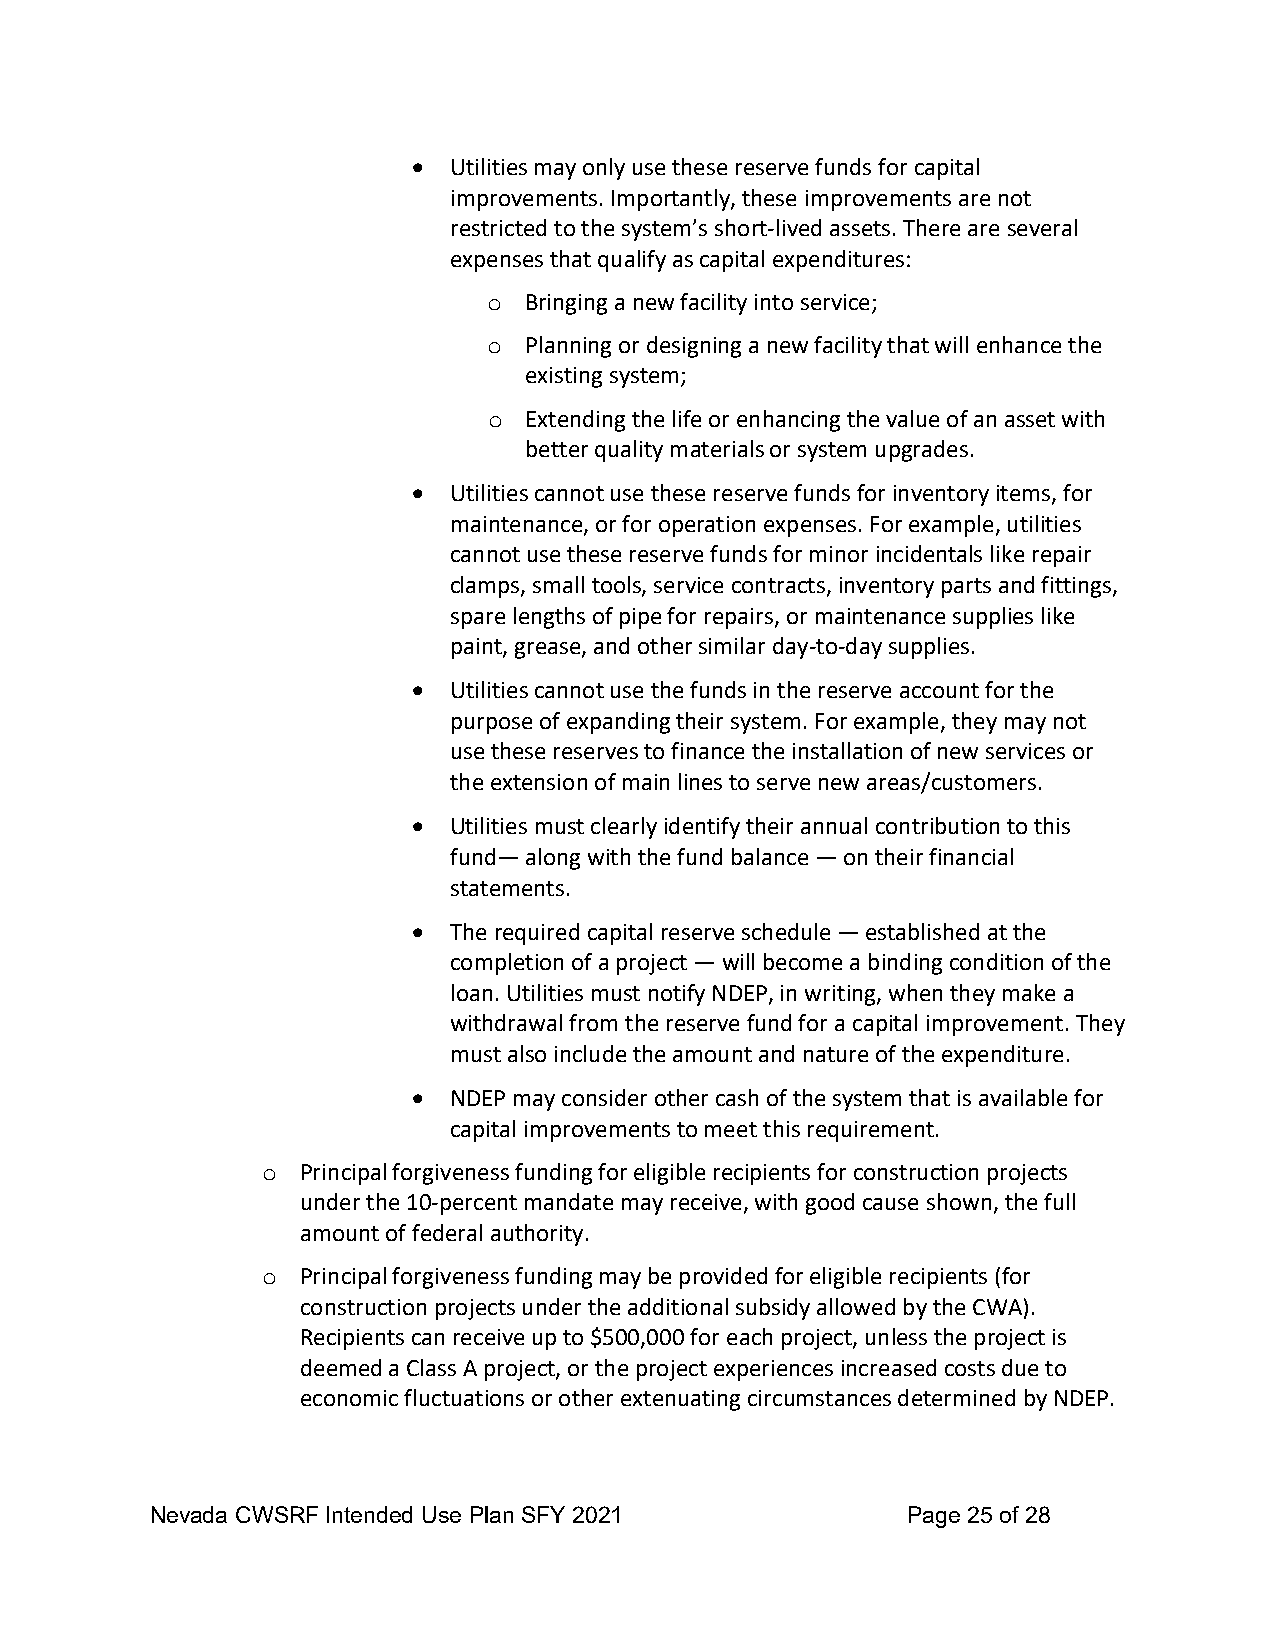
•  Utilities may only use these reserve funds for capital
 improvements. Importantly, these improvements are not
 restricted to the system’s short-lived assets. There are several
 expenses that qualify as capital expenditures:
 Bringing a new facility into service;
 o
 Planning or designing a new facility that will enhance the
 o
 existing system;
 Extending the life or enhancing the value of an asset with
 o
 better quality materials or system upgrades.
 •  Utilities cannot use these reserve funds for inventory items, for
 maintenance, or for operation expenses. For example, utilities
 cannot use these reserve funds for minor incidentals like repair
 clamps, small tools, service contracts, inventory parts and fittings,
 spare lengths of pipe for repairs, or maintenance supplies like
 paint, grease, and other similar day-to-day supplies.
 •  Utilities cannot use the funds in the reserve account for the
 purpose of expanding their system. For example, they may not
 use these reserves to finance the installation of new services or
 the extension of main lines to serve new areas/customers.
 •  Utilities must clearly identify their annual contribution to this
 fund— along with the fund balance — on their financial
 statements.
 •  The required capital reserve schedule — established at the
 completion of a project — will become a binding condition of the
 loan. Utilities must notify NDEP, in writing, when they make a
 withdrawal from the reserve fund for a capital improvement. They
 must also include the amount and nature of the expenditure.
 •  NDEP may consider other cash of the system that is available for
 capital improvements to meet this requirement.
 Principal forgiveness funding for eligible recipients for construction projects
 o
 under the 10-percent mandate may receive, with good cause shown, the full
 amount of federal authority.
 Principal forgiveness funding may be provided for eligible recipients (for
 o
 construction projects under the additional subsidy allowed by the CWA).
 Recipients can receive up to $500,000 for each project, unless the project is
 deemed a Class A project, or the project experiences increased costs due to
 economic fluctuations or other extenuating circumstances determined by NDEP.
 Nevada CWSRF Intended Use Plan SFY 2021           Page 25 of 28